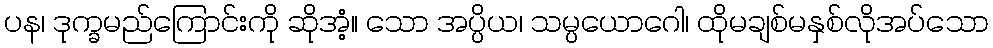
ပန၊ ဒုက္ခမည်ကြောင်းကို ဆိုအံ့။ သော အပ္ပိယ၊ သမ္ပယောဂေါ၊ ထိုမချစ်မနှစ်လိုအပ်သော